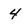
Character: 4